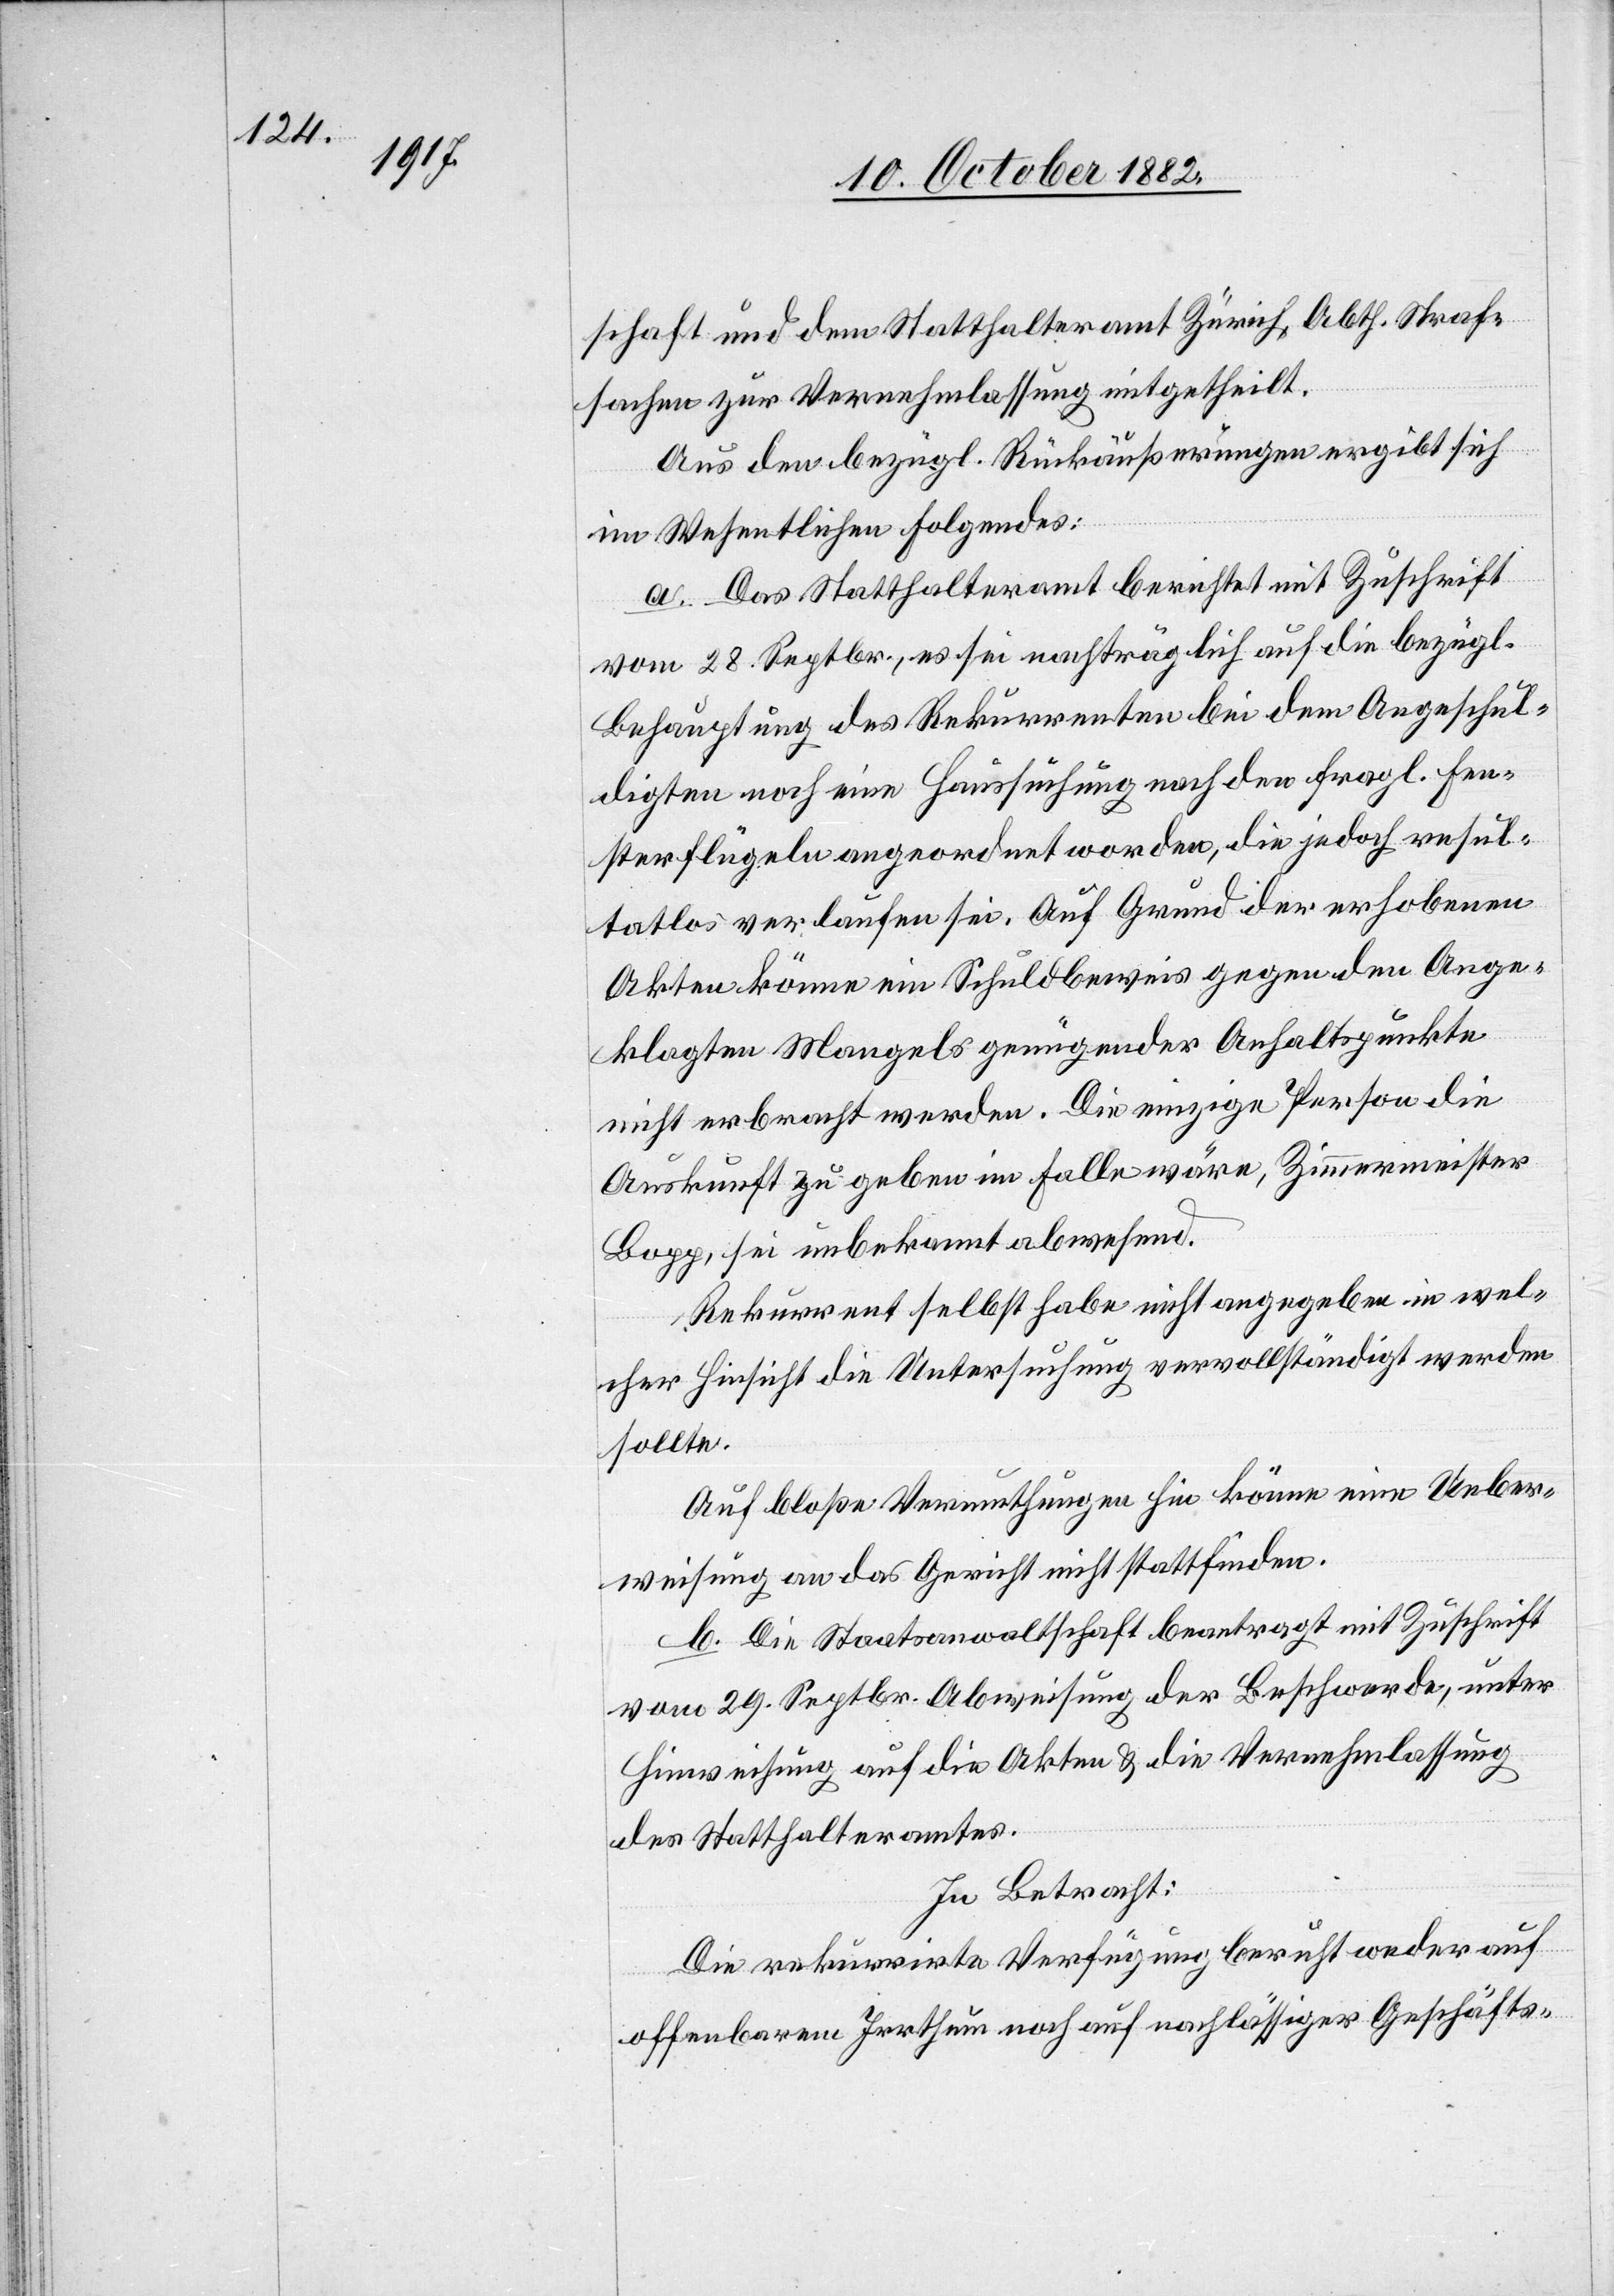
schaft und dem Statthalteramt Zürich, Abth. Straf¬
sachen zur Vernehmlassung mitgetheilt.
Aus den bezügl. Rückäußerungen ergibt sich
im Wesentlichen Folgendes:
a. Das Statthalteramt berichtet mit Zuschrift
vom 28. Septbr., es sei nachträglich auf die bezügl.
Behauptung des Rekurrenten bei dem Angeschul¬
digten noch eine Haussuchung nach den fragl. Fen¬
sterflügeln angeordnet worden, die jedoch resul¬
tatlos verlaufen sei. Auf Grund der erhobenen
Akten könne ein Schuldbeweis gegen den Ange¬
klagten Mangels genügender Anhaltspunkte
nicht erbracht werden. Die einzige Person die
Auskunft zu geben im Falle wäre, Zimmermeister
Bopp, sei unbekannt abwesend.
Rekurrent selbst habe nicht angegeben in wel¬
cher Hinsicht die Untersuchung vervollständigt werden
sollte.
Auf bloße Vermuthungen hin könne eine Ueber¬
weisung an das Gericht nicht stattfinden.
b. Die Staatsanwaltschaft beantragt mit Zuschrift
vom 29. Septbr. Abweisung der Beschwerde, unter
Hinweisung auf die Akten & die Vernehmlassung
des Statthalteramtes.
In Betracht:
Die rekurrirte Verfügung beruht weder auf
offenbarem Irrthum noch auf nachlässiger Geschäfts-